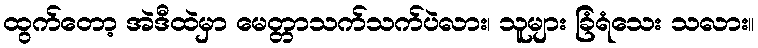
ထွက်တော့ အဲဒီထဲမှာ မေတ္တာသက်သက်ပဲလား၊ သူများ ခြံရံသေး သလား။